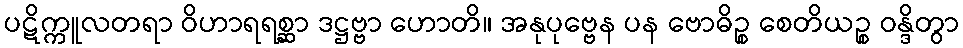
ပဋိက္ကူလတရာ ဝိဟာရရစ္ဆာ ဒဋ္ဌဗ္ဗာ ဟောတိ။ အနုပုဗ္ဗေန ပန ဗောဓိဉ္စ စေတိယဉ္စ ဝန္ဒိတွာ